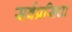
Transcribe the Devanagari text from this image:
सर्वप्रसिधा